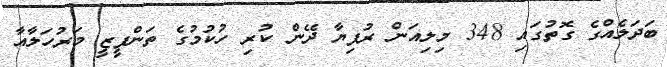
ބަދަލެއްގެ ގޮތުގައި 348 މިލިއަން ރުފިޔާ ދޭން ކުރި ހުކުމުގެ ތަންފީޒީ މަރުހަލާއާ